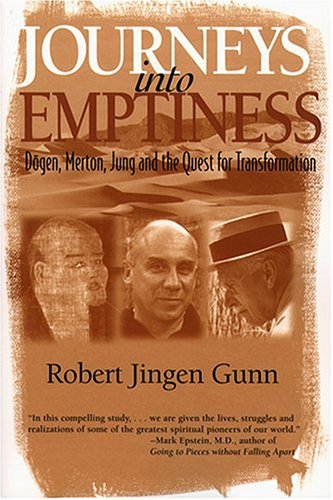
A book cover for Journeys Into Emptiness: Dogen, Merton, Jung and the Quest for Transformation (Jung & Spirituality); Robert Jingen Gunn; Christian Books & Bibles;